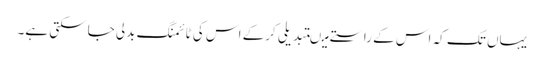
یہاں تک کہ اس کے راستے میںتبدیلی کرکے اس کی ٹائمنگ بدلی جاسکتی ہے۔